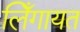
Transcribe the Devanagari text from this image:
लिँगायत